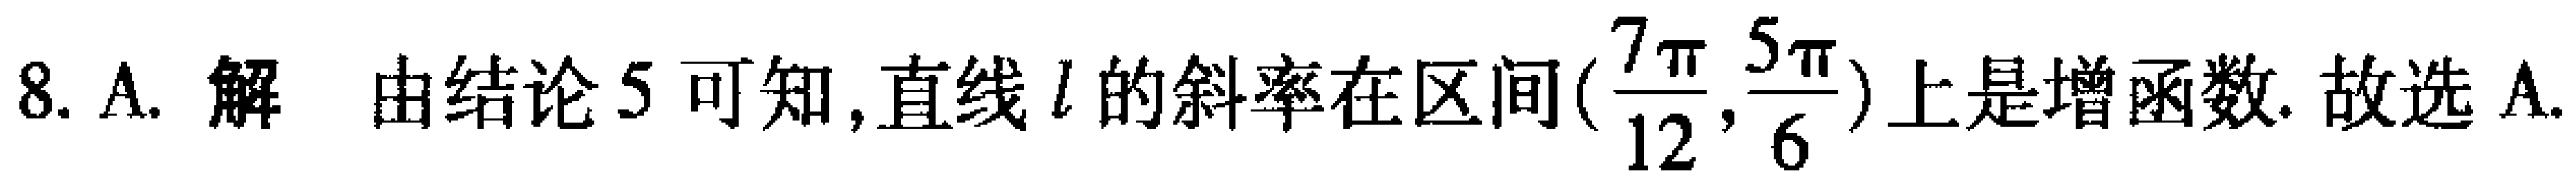
8. A. 解 由结论 5 可知,直线 \(l\) 的斜率在区间\((\frac{7\pi}{12},\frac{5\pi}{6})\)上是增函数. 故选 A.